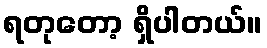
ရတုတော့ ရှိပါတယ်။